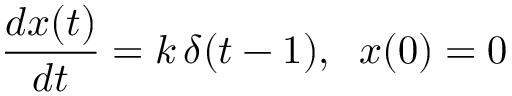
\frac { d x ( t ) } { d t } = k \, \delta ( t - 1 ) , \; \; x ( 0 ) = 0